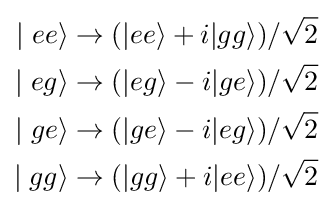
{\begin{aligned}\mid ee\rangle \rightarrow (|ee\rangle +i|gg\rangle )/{\sqrt {2}}\\\mid eg\rangle \rightarrow (|eg\rangle -i|ge\rangle )/{\sqrt {2}}\\\mid ge\rangle \rightarrow (|ge\rangle -i|eg\rangle )/{\sqrt {2}}\\\mid gg\rangle \rightarrow (|gg\rangle +i|ee\rangle )/{\sqrt {2}}\end{aligned}}